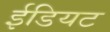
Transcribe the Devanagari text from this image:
ईडियट